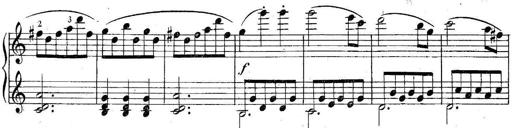
Title: 6 Easy Sonatinas
Composer: Carl Czerny